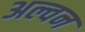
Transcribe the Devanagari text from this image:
अल्वन